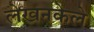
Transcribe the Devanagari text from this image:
लेखनकेले